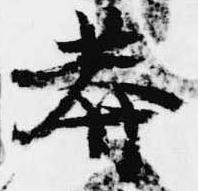
莽